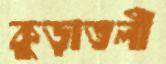
কুড়াতলী